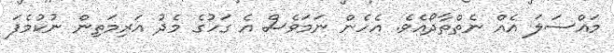
މައްސަލަ އެއް ނެތްތާދޯއެވެ. އެހެން ނަމަވެސް އެ ގަހުގެ މެދު އަރިމަތިން ނުކުމެފަ